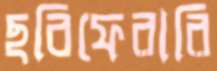
ছবিফেরারি